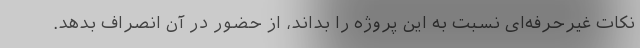
نکات غیرحرفه‌ای نسبت به این پروژه را بداند، از حضور در آن انصراف بدهد.